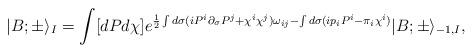
LaTeX: \begin{align*}|B;\pm\rangle_{I}=\int [dPd\chi ]e^{\frac{1}{2}\int d\sigma (iP^i\partial_\sigma P^j+\chi^i\chi^j)\omega_{ij}-\int d\sigma (ip_iP^i-\pi_i\chi^i)}|B;\pm \rangle_{-1,I},\end{align*}